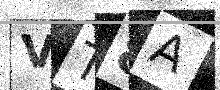
Text: VT8A